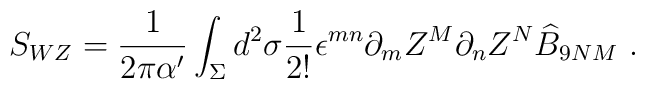
S_{WZ} = \frac{1}{2 \pi \alpha'} \int_\Sigma d^2 \sigma     \frac{1}{2!} \epsilon^{mn} \partial_m Z^M \partial_n Z^N       \widehat{B}_{9NM}~.